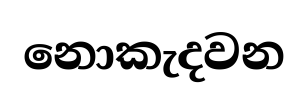
නොකැදවන